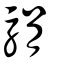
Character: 駽